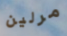
مرلين